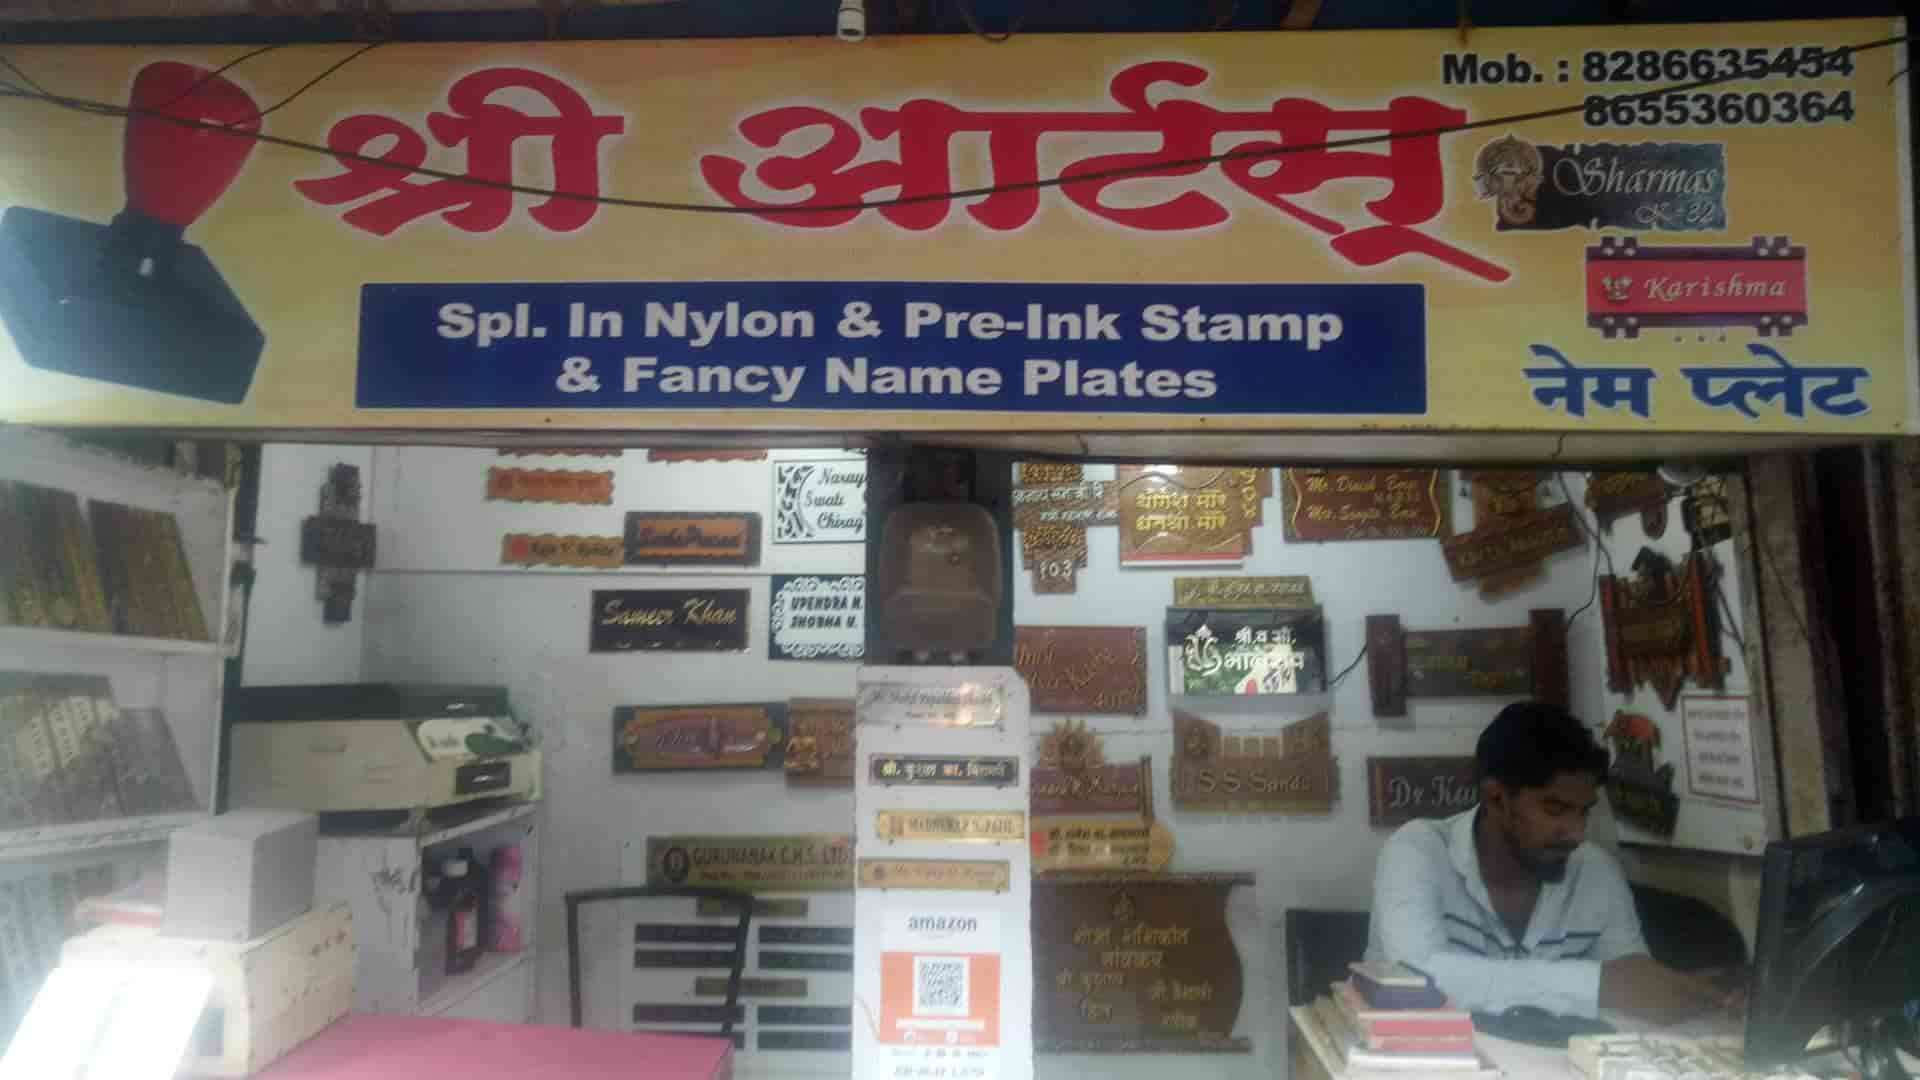
Language: marathi
Transcription: नेम आर्टस् श्री प्लेट